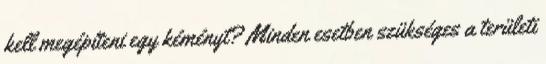
kell megépíteni egy kéményt? Minden esetben szükséges a területi